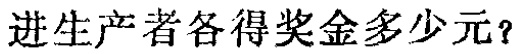
进生产者各得奖金多少元？